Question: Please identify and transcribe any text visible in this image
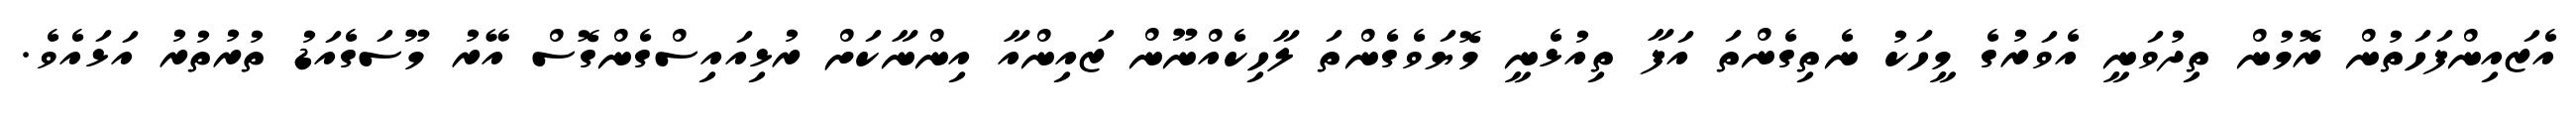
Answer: އެޒައިންފަހަތުން ރޮމުން ތިދުވަނީ އެވަރުގެ މީހަކު ނެތިގެންތަ އަފާ ތިއުޅެނީ މޮޔަވެގެންތަ ލާހިކެއްނޫން ޒައިންއާ އިންނާކަށް ރުޅިއައިސްގެންގޮސް އޭރު މޫސަގެއަޑު ތުރުތުރު އަޅައެވެ.